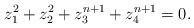
LaTeX: \begin{align*} z_1^2 + z_2^2 + z_3^{n + 1} + z_4^{n + 1} = 0.\end{align*}